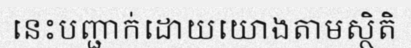
នេះបញ្ជាក់ដោយយោងតាមស្ថិតិ